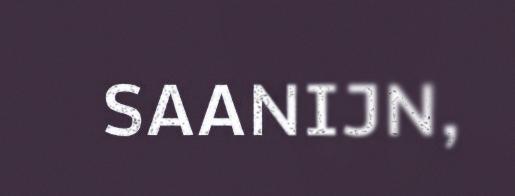
SAANIJN,